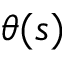
\theta ( s )